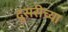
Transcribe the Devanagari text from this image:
दुसरीच्या